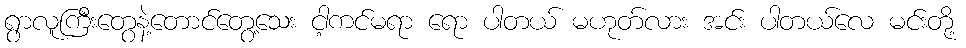
ရွာလူကြီးတွေနဲ့တောင်တွေ့သေး ငါ့ကင်မရာ ရော ပါတယ် မဟုတ်လား အင်း ပါတယ်လေ မင်းတို့